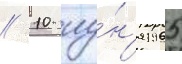
// 10 иу́н'я 1965